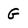
Character: G